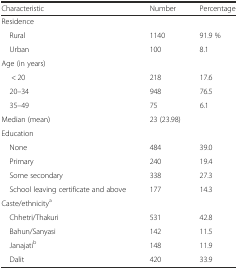
| Characteristic | Number | Percentage |
 | --- | --- | --- |
 | <COLSPAN=3> Residence |
 | Rural | 1140 | 91.9 % |
 | Urban | 100 | 8.1 |
 | <COLSPAN=3> Age (in years) |
 | < 20 | 218 | 17.6 |
 | 20–34 | 948 | 76.5 |
 | 35–49 | 75 | 6.1 |
 | Median (mean) | <COLSPAN=2> 23 (23.98) |
 | <COLSPAN=3> Education |
 | None | 484 | 39.0 |
 | Primary | 240 | 19.4 |
 | Some secondary | 338 | 27.3 |
 | School leaving certificate and above | 177 | 14.3 |
 | <COLSPAN=3> Caste/ethnicitya |
 | Chhetri/Thakuri | 531 | 42.8 |
 | Bahun/Sanyasi | 142 | 11.5 |
 | Janajatib | 148 | 11.9 |
 | Dalit | 420 | 33.9 |